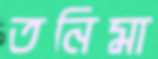
তনিমা